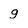
Character: g